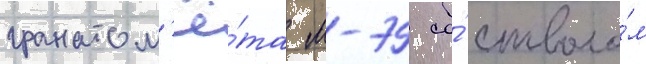
гранатом'ё́та м-79 со́ стволо́м